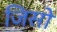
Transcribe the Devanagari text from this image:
जिसो